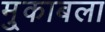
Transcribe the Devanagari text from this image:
मु्काबला